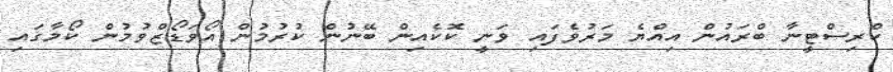
ކްރިސްޓީނާ ބްރައުން އިއްޔެ މަރުވެފައި ވަނީ ކޮކެއިން ބޭނުން ކުރުމުން އޯވަޑޯޒްވުމުން ކޯމާގައި